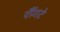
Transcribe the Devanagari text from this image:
रौंगटे